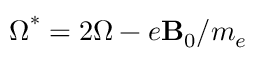
{ \boldsymbol \Omega ^ { * } = 2 \boldsymbol \Omega - e \mathbf B _ { 0 } / m _ { e } }